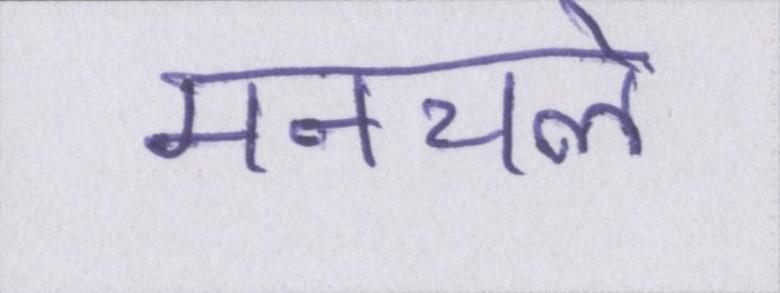
मनचले